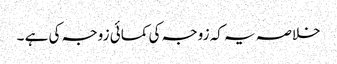
خلاصہ یہ کہ زوجہ کی کمائی زوجہ کی ہے ۔